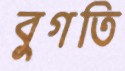
বুগতি